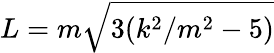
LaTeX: L=m\sqrt{3(k^{2}/m^{2}-5)}